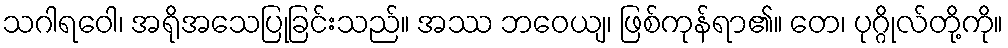
သဂါရဝေါ၊ အရိုအသေပြုခြင်းသည်။ အဿ ဘဝေယျ၊ ဖြစ်ကုန်ရာ၏။ တေ၊ ပုဂ္ဂိုလ်တို့ကို။